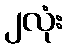
၂လုံး